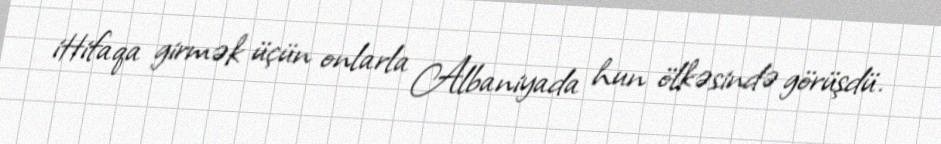
ittifaqa girmək üçün onlarla Albaniyada hun ölkəsində görüşdü.